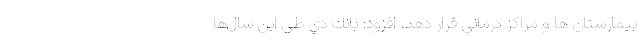
بیمارستان ها و مراكز درماني قرار دهد، افزود: بانك دي طی این سال‌ها